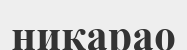
никарао